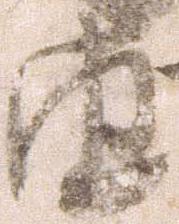
由